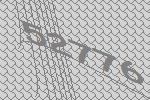
52776